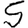
Digit: 5